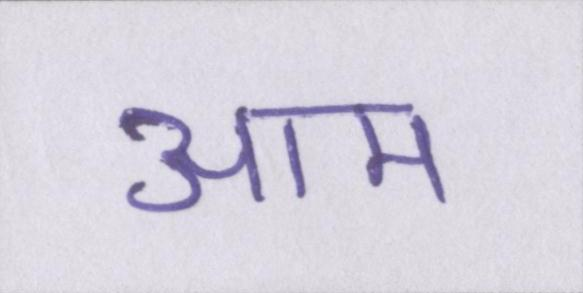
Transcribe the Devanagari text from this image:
आम